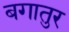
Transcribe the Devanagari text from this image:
बगातुर